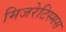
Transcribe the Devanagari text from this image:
मिजरेटिस्मस